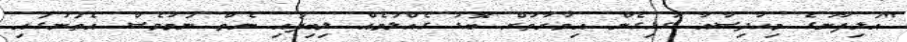
"އަލިފާނުގެ މިހާދިސާއާ ގުޅިގެން އިމާރާތަށް ބޮޑު ގެއްލުމެއް ލިބިފައި ނެތް ނަމަވެސް އެތަނުގައި